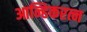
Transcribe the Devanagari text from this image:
आन्हिकरत्न